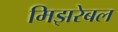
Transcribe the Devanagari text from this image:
मिझरेबल